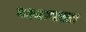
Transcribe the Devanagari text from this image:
वाकवला